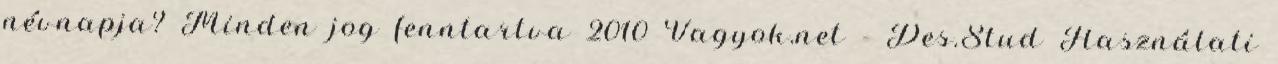
névnapja? Minden jog fenntartva 2010 Vagyok.net - Des.Stud Használati